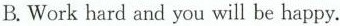
B. Work hard and you will be happy.